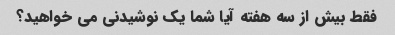
فقط بیش از سه هفته آیا شما یک نوشیدنی می خواهید؟